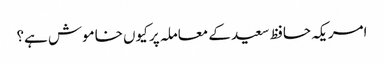
امریکہ حافظ سعید کے معاملہ پر کیوں خاموش ہے؟